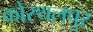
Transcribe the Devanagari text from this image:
कोस्थलपुर